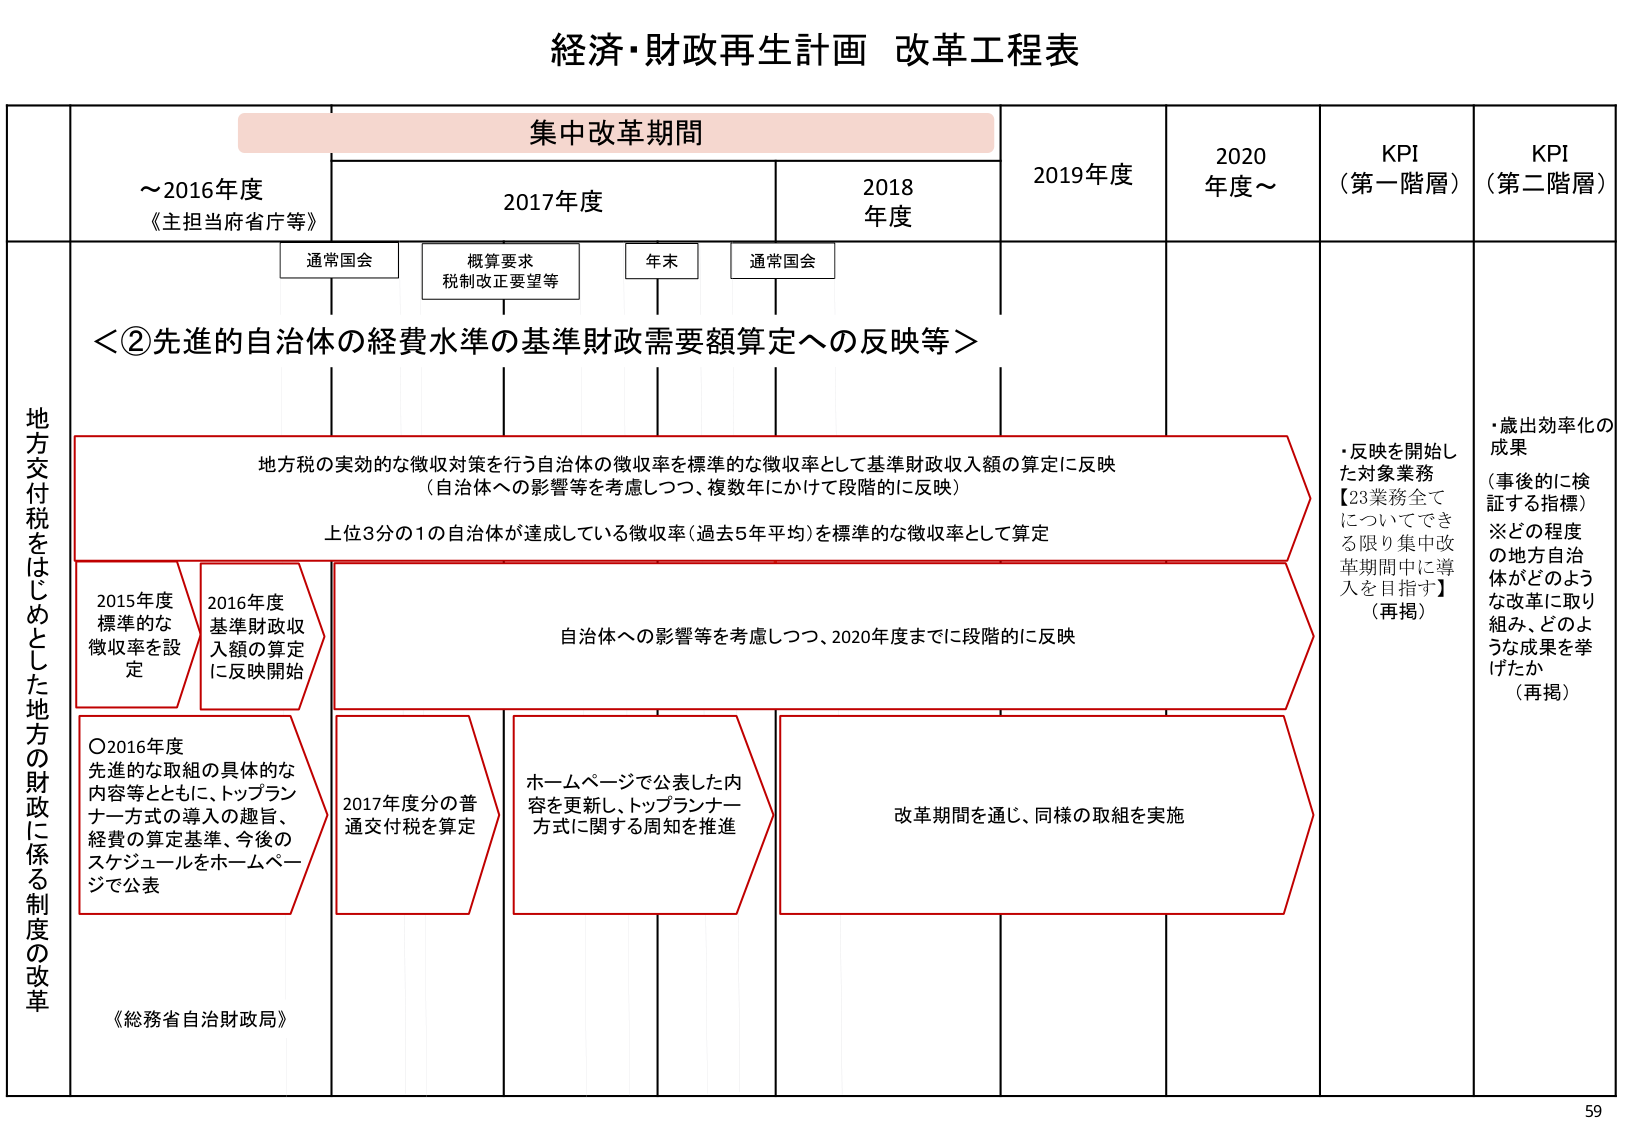
経済・財政再生計画 改革工程表

集中改革期間

～2016年度
《主担当府省庁等》

2017年度

2018年度

2019年度

2020年度～

KPI
（第一階層）

KPI
（第二階層）

通常国会

概算要求
税制改正要望等

年末

通常国会

＜②先進的自治体の経費水準の基準財政需要額算定への反映等＞

地方交付税をはじめとした地方の財政に係る制度の改革

地方税の実効的な徴収対策を行う自治体の徴収率を標準的な徴収率として基準財政収入額の算定に反映
（自治体への影響等を考慮しつつ、複数年にかけて段階的に反映）

上位3分の1の自治体が達成している徴収率（過去5年平均）を標準的な徴収率として算定

・反映を開始した対象業務
【23業務全てについてできる限り集中改革期間中に導入を目指す】
（再掲）

・歳出効率化の成果
（事後的に検証する指標）
※どの程度の地方自治体がどのような改革に取り組み、どのような成果を挙げたか
（再掲）

2015年度
標準的な
徴収率を設定

2016年度
基準財政収入額の算定に反映開始

自治体への影響等を考慮しつつ、2020年度までに段階的に反映

○2016年度
先進的な取組の具体的な内容等とともに、トップランナー方式の導入の趣旨、経費の算定基準、今後のスケジュールをホームページで公表

2017年度分の普通交付税を算定

ホームページで公表した内容を更新し、トップランナー方式に関する周知を推進

改革期間を通じ、同様の取組を実施

《総務省自治財政局》

59